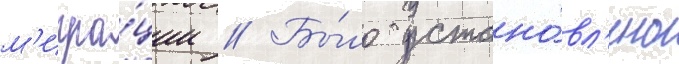
м'игра́ции // Бы́ло устано́вл'ено